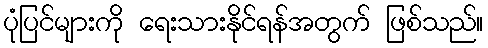
ပုံပြင်များကို ရေးသားနိုင်ရန်အတွက် ဖြစ်သည်။